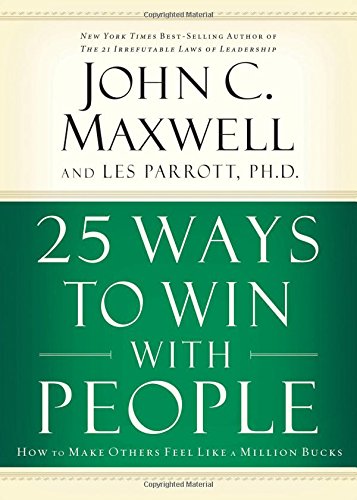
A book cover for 25 Ways to Win with People: How to Make Others Feel Like a Million Bucks; John C. Maxwell; Christian Books & Bibles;